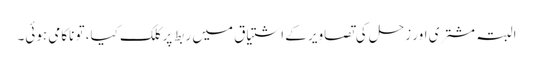
البتہ مشتری اور زحل کی تصاویر کے اشتیاق میں ربط پر کلک کیا، تو ناکامی ہوئی۔